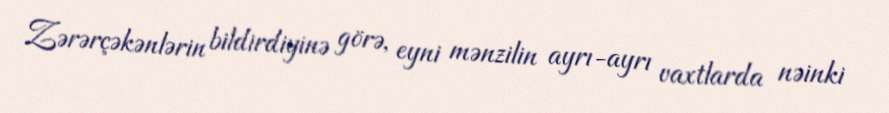
Zərərçəkənlərin bildirdiyinə görə, eyni mənzilin ayrı-ayrı vaxtlarda nəinki